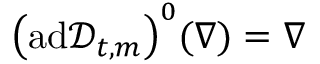
\bigl ( \mathrm { a d } \mathscr { D } _ { t , m } \bigr ) ^ { 0 } ( \nabla ) = \nabla